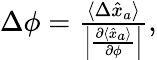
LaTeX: \begin{array}{r}{\Delta\phi=\frac{\langle\Delta\hat{x}_{a}\rangle}{\left|\frac{\partial\langle\hat{x}_{a}\rangle}{\partial\phi}\right|},}\end{array}